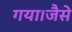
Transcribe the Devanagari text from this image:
गया।जैसे